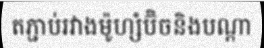
តភ្ជាប់រវាងម៉ូហ្សំប៊ិចនិងបណ្តា